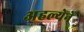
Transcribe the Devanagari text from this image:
अहल्येने